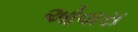
ઓવારા